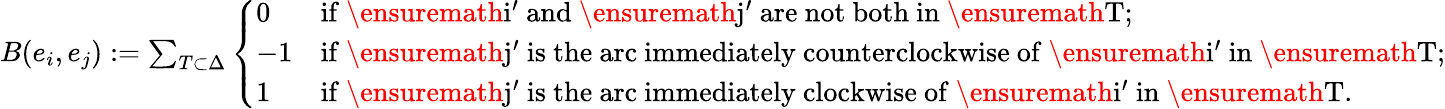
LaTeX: \begin{array}{r}{B(e_{i},e_{j}):=\sum_{T\subset\Delta}\left\{ \begin{array}{ll}{0}&{\mathrm{if~\ensuremath{i'}~and~\ensuremath{j'}~are~not~both~in~\ensuremath{T};}}\\ {-1}&{\mathrm{if~\ensuremath{j'}~is~the~arc~immediately~counterclockwise~of~\ensuremath{i'}~in~\ensuremath{T};}}\\ {1}&{\mathrm{if~\ensuremath{j'}~is~the~arc~immediately~clockwise~of~\ensuremath{i'}~in~\ensuremath{T}.}}\end{array}\right.}\end{array}